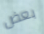
بعض